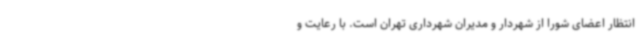
انتظار اعضای شورا از شهردار و مدیران شهرداری تهران است. با رعایت و